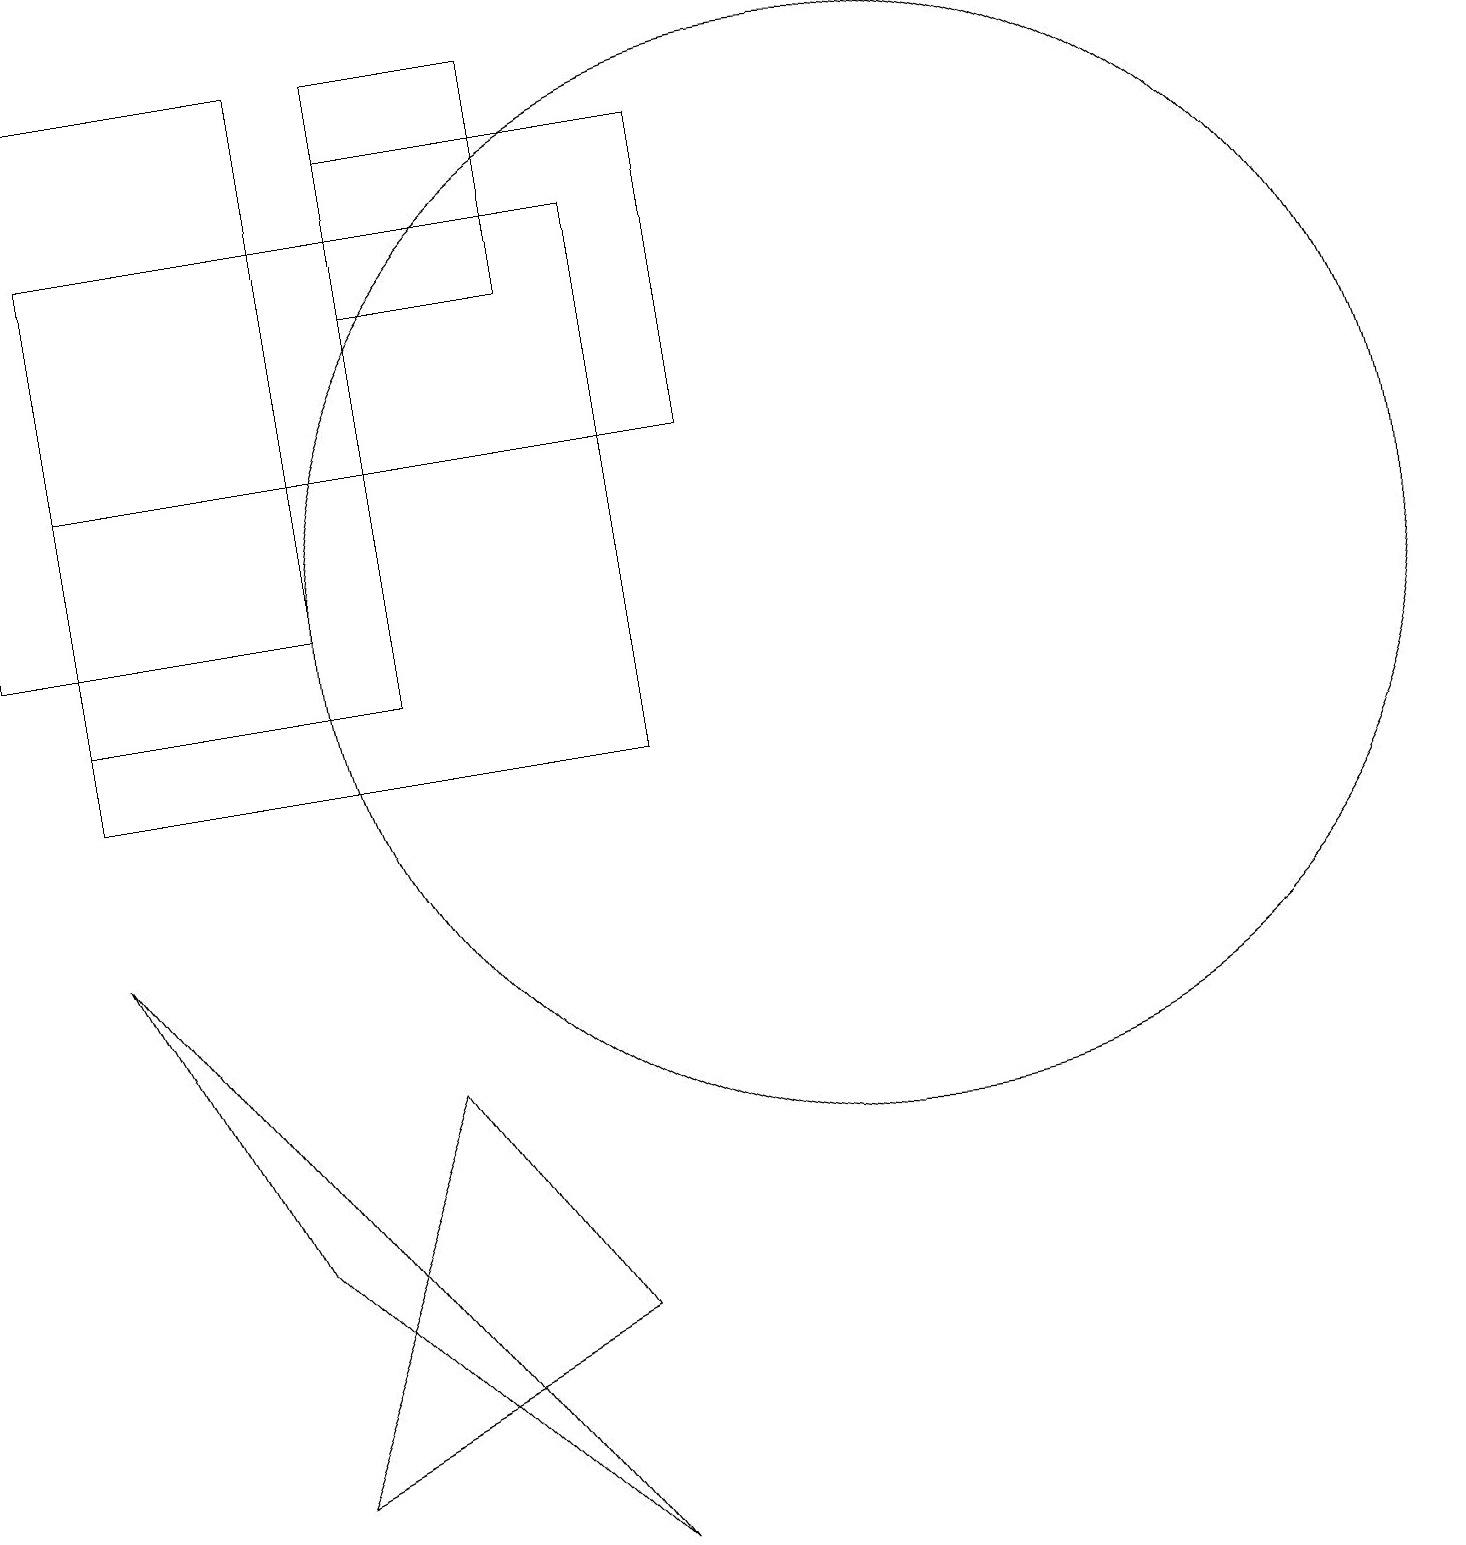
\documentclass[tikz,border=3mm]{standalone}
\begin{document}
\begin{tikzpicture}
\draw (1,8) -- (7,0) -- (3,4) -- cycle;
\draw (9,18) rectangle (5,14);
\draw (4,19) rectangle (0,12);
\draw (11,12) circle (7);
\draw (5,6) -- (3,1) -- (7,3) -- cycle;
\draw (7,19) rectangle (5,16);
\draw (1,17) rectangle (8,10);
\draw (1,14) rectangle (5,11);
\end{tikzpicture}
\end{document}